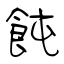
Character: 飩